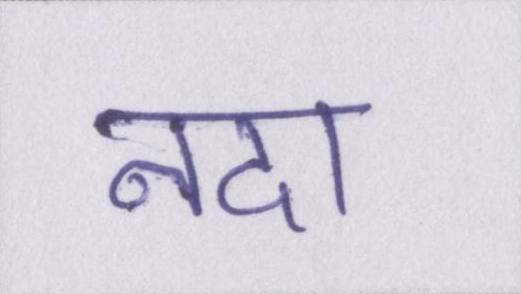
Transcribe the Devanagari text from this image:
नदा